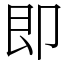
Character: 即